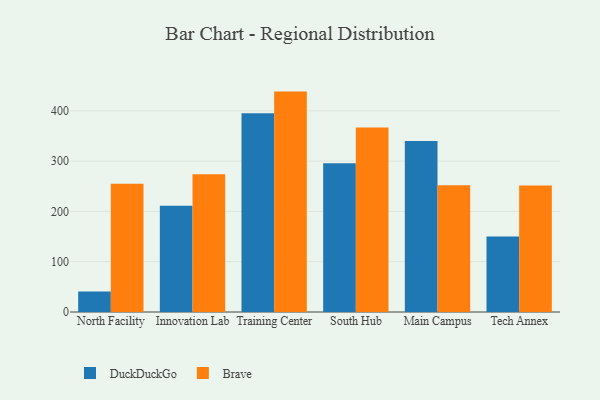
{"axis": {"x": "Campus", "y": "Page Views"}, "legend": ["Brave", "DuckDuckGo"], "data": [{"x": "North Facility", "y": 40.7, "type": "DuckDuckGo"}, {"x": "North Facility", "y": 255.1, "type": "Brave"}, {"x": "Innovation Lab", "y": 211.4, "type": "DuckDuckGo"}, {"x": "Innovation Lab", "y": 274.0, "type": "Brave"}, {"x": "Training Center", "y": 395.3, "type": "DuckDuckGo"}, {"x": "Training Center", "y": 438.3, "type": "Brave"}, {"x": "South Hub", "y": 295.6, "type": "DuckDuckGo"}, {"x": "South Hub", "y": 366.9, "type": "Brave"}, {"x": "Main Campus", "y": 340.2, "type": "DuckDuckGo"}, {"x": "Main Campus", "y": 252.1, "type": "Brave"}, {"x": "Tech Annex", "y": 149.9, "type": "DuckDuckGo"}, {"x": "Tech Annex", "y": 251.6, "type": "Brave"}]}